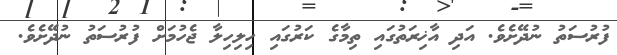
ފުރުސަތު ނުދޭށެވެ. އަދި އާޚިރަތުގައި ތިމާގެ ކަރުގައި ހިލިހިލާ ޖެހުމަށް ފުރުސަތު ނުދޭށެވެ.